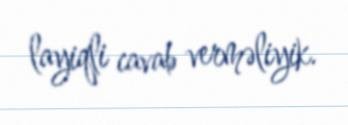
layiqli cavab verməliyik.